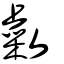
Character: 敹